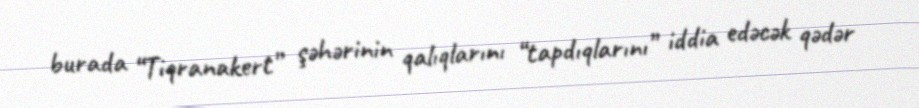
burada “Tiqranakert” şəhərinin qalıqlarını “tapdıqlarını” iddia edəcək qədər